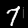
Digit: 7